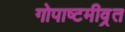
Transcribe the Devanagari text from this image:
गोपाष्टमीव्रत